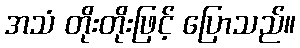
အသံ တိုးတိုးဖြင့် ပြောသည်။